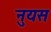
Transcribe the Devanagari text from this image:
नुयस